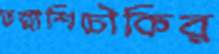
তল্লাশিচৌকির